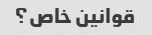
قوانین خاص؟